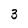
Character: 3